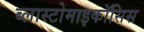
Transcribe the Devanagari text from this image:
ब्लास्टोमाइकॉसिस